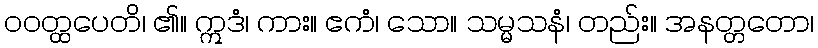
ဝဝတ္ထပေတိ၊ ၏။ ဣဒံ၊ ကား။ ဧကံ၊ သော။ သမ္မသနံ၊ တည်း။ အနတ္တတော၊